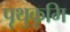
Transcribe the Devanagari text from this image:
पृथुकृमि